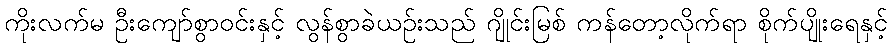
ကိုးလက်မ ဦးကျော်စွာဝင်းနှင့် လွန်စွာခဲယဉ်းသည် ဂျိုင်းမြစ် ကန်တော့လိုက်ရာ စိုက်ပျိုးရေနှင့်